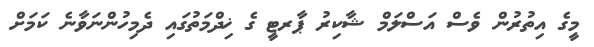
މީގެ އިތުރުން ވެސް އަސްލަމް ޝާކިރު ޕާރޓީ ގެ ޚިދްމަތުގައި ދެމިހުންނަވާނެ ކަމަށް